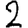
Digit: 2